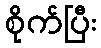
စိုက်ပြီး